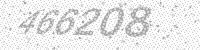
Solution: 466208